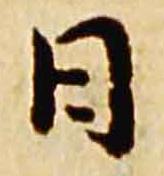
日